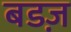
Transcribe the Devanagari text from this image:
बडज़